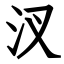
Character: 汊